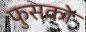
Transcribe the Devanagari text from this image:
फुसको